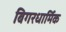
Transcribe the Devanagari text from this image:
बिगरधार्मिक